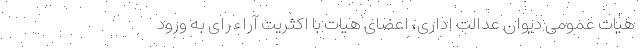
هیات عمومی دیوان عدالت اداری، اعضای هیات با اکثریت آراء رای به ورود